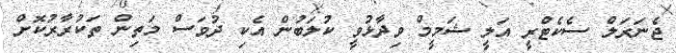
ޖެނަރަލް ސެކެޓްރީ އަލީ ޝަމީމް ވިދާޅުވީ ކުލަބުން އެކި ދުވަސް މަތިން ތަކުރާރުކޮށް